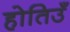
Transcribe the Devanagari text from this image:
होतिउँ